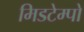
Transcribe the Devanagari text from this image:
मिडटेम्पो